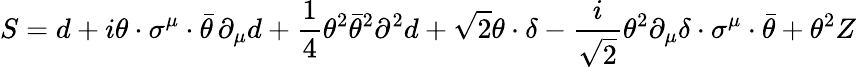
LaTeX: S=d+i\theta\cdot\sigma^{\mu}\cdot\bar{\theta}\, \partial_{\mu}d+\frac{1}{4}\theta^{2}\bar{\theta}^{2}\partial^{2}d+\sqrt{2}\theta\cdot\delta-\frac{i}{\sqrt{2}}\theta^{2}\partial_{\mu}\delta\cdot\sigma^{\mu}\cdot\bar{\theta}+\theta^{2}Z